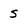
Character: 5